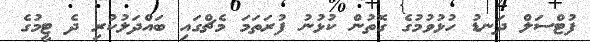
ފުޓްސަލް ދަނޑު ހުޅުވުމުގެ ގޮތުން ކުޅުނު ފުރަތަމަ މެޗްގައި ބައްދަލުކުރި ދެ ޓީމުގެ